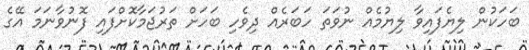
ބަހަކުން ލިޔެފައިވާ ލިޔުމެއް ނުވަތަ ހަބަރެއް ދިވެހި ބަހަށް ތަރުޖަމާކޮށްފައި ފޮނުވާނަމަ އޭގެ